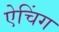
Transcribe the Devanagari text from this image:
ऐचिंग